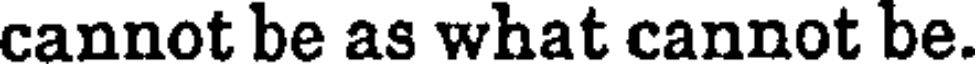
cannot be as what cannot be.